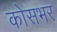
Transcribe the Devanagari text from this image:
कोसभर